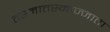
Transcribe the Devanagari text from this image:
तस्मात्तस्माज्जाता